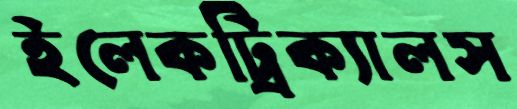
ইলেকট্রিক্যালস